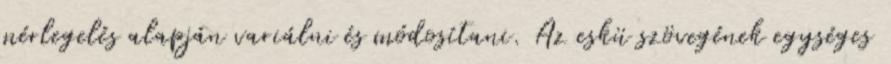
mérlegelés alapján variálni és módosítani. Az eskü szövegének egységes